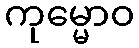
ကုမ္မောဝ